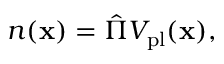
\begin{array} { r } { n ( \mathbf { x } ) = \hat { \Pi } V _ { \mathrm { p l } } ( \mathbf { x } ) , } \end{array}